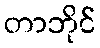
တာဘိုင်